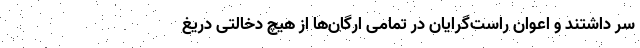
سر داشتند و اعوان راست‌گرایان در تمامی ارگان‌ها از هیچ دخالتی دریغ